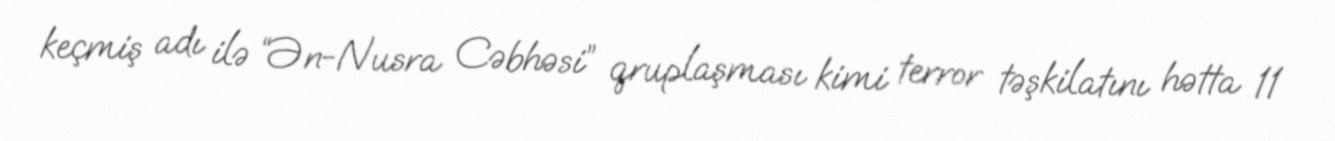
keçmiş adı ilə “Ən-Nusra Cəbhəsi” qruplaşması kimi terror təşkilatını hətta 11